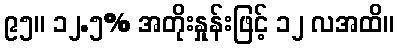
၉၅။ ၁၂.၅% အတိုးနှုန်းဖြင့် ၁၂ လအထိ။